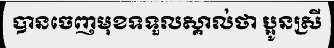
បានចេញមុខទទួលស្គាល់ថា ប្អូនស្រី